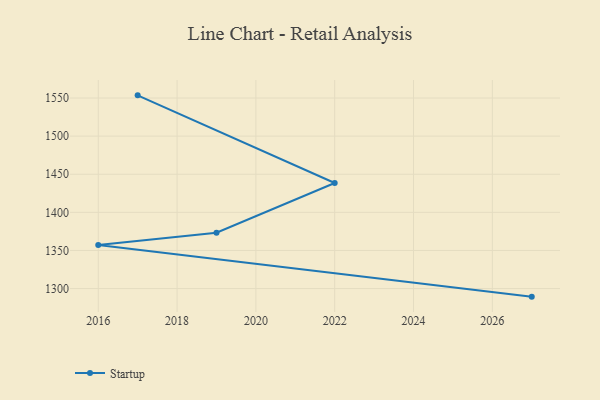
{"axis": {"x": "Year", "y": "Energy Usage (MWh)"}, "legend": ["Startup"], "data": [{"x": "2027", "y": 1289.4, "type": "Startup"}, {"x": "2016", "y": 1357.2, "type": "Startup"}, {"x": "2019", "y": 1373.3, "type": "Startup"}, {"x": "2022", "y": 1438.5, "type": "Startup"}, {"x": "2017", "y": 1553.5, "type": "Startup"}]}